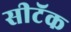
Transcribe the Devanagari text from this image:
सीटॅक